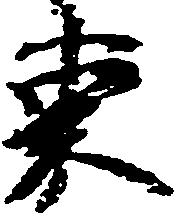
束